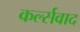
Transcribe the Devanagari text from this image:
कर्ल्सवाद